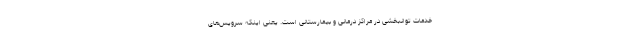
خدمات توانبخشی در مراکز درمانی و بیمارستانی است. یعنی اینکه سرویس‌های